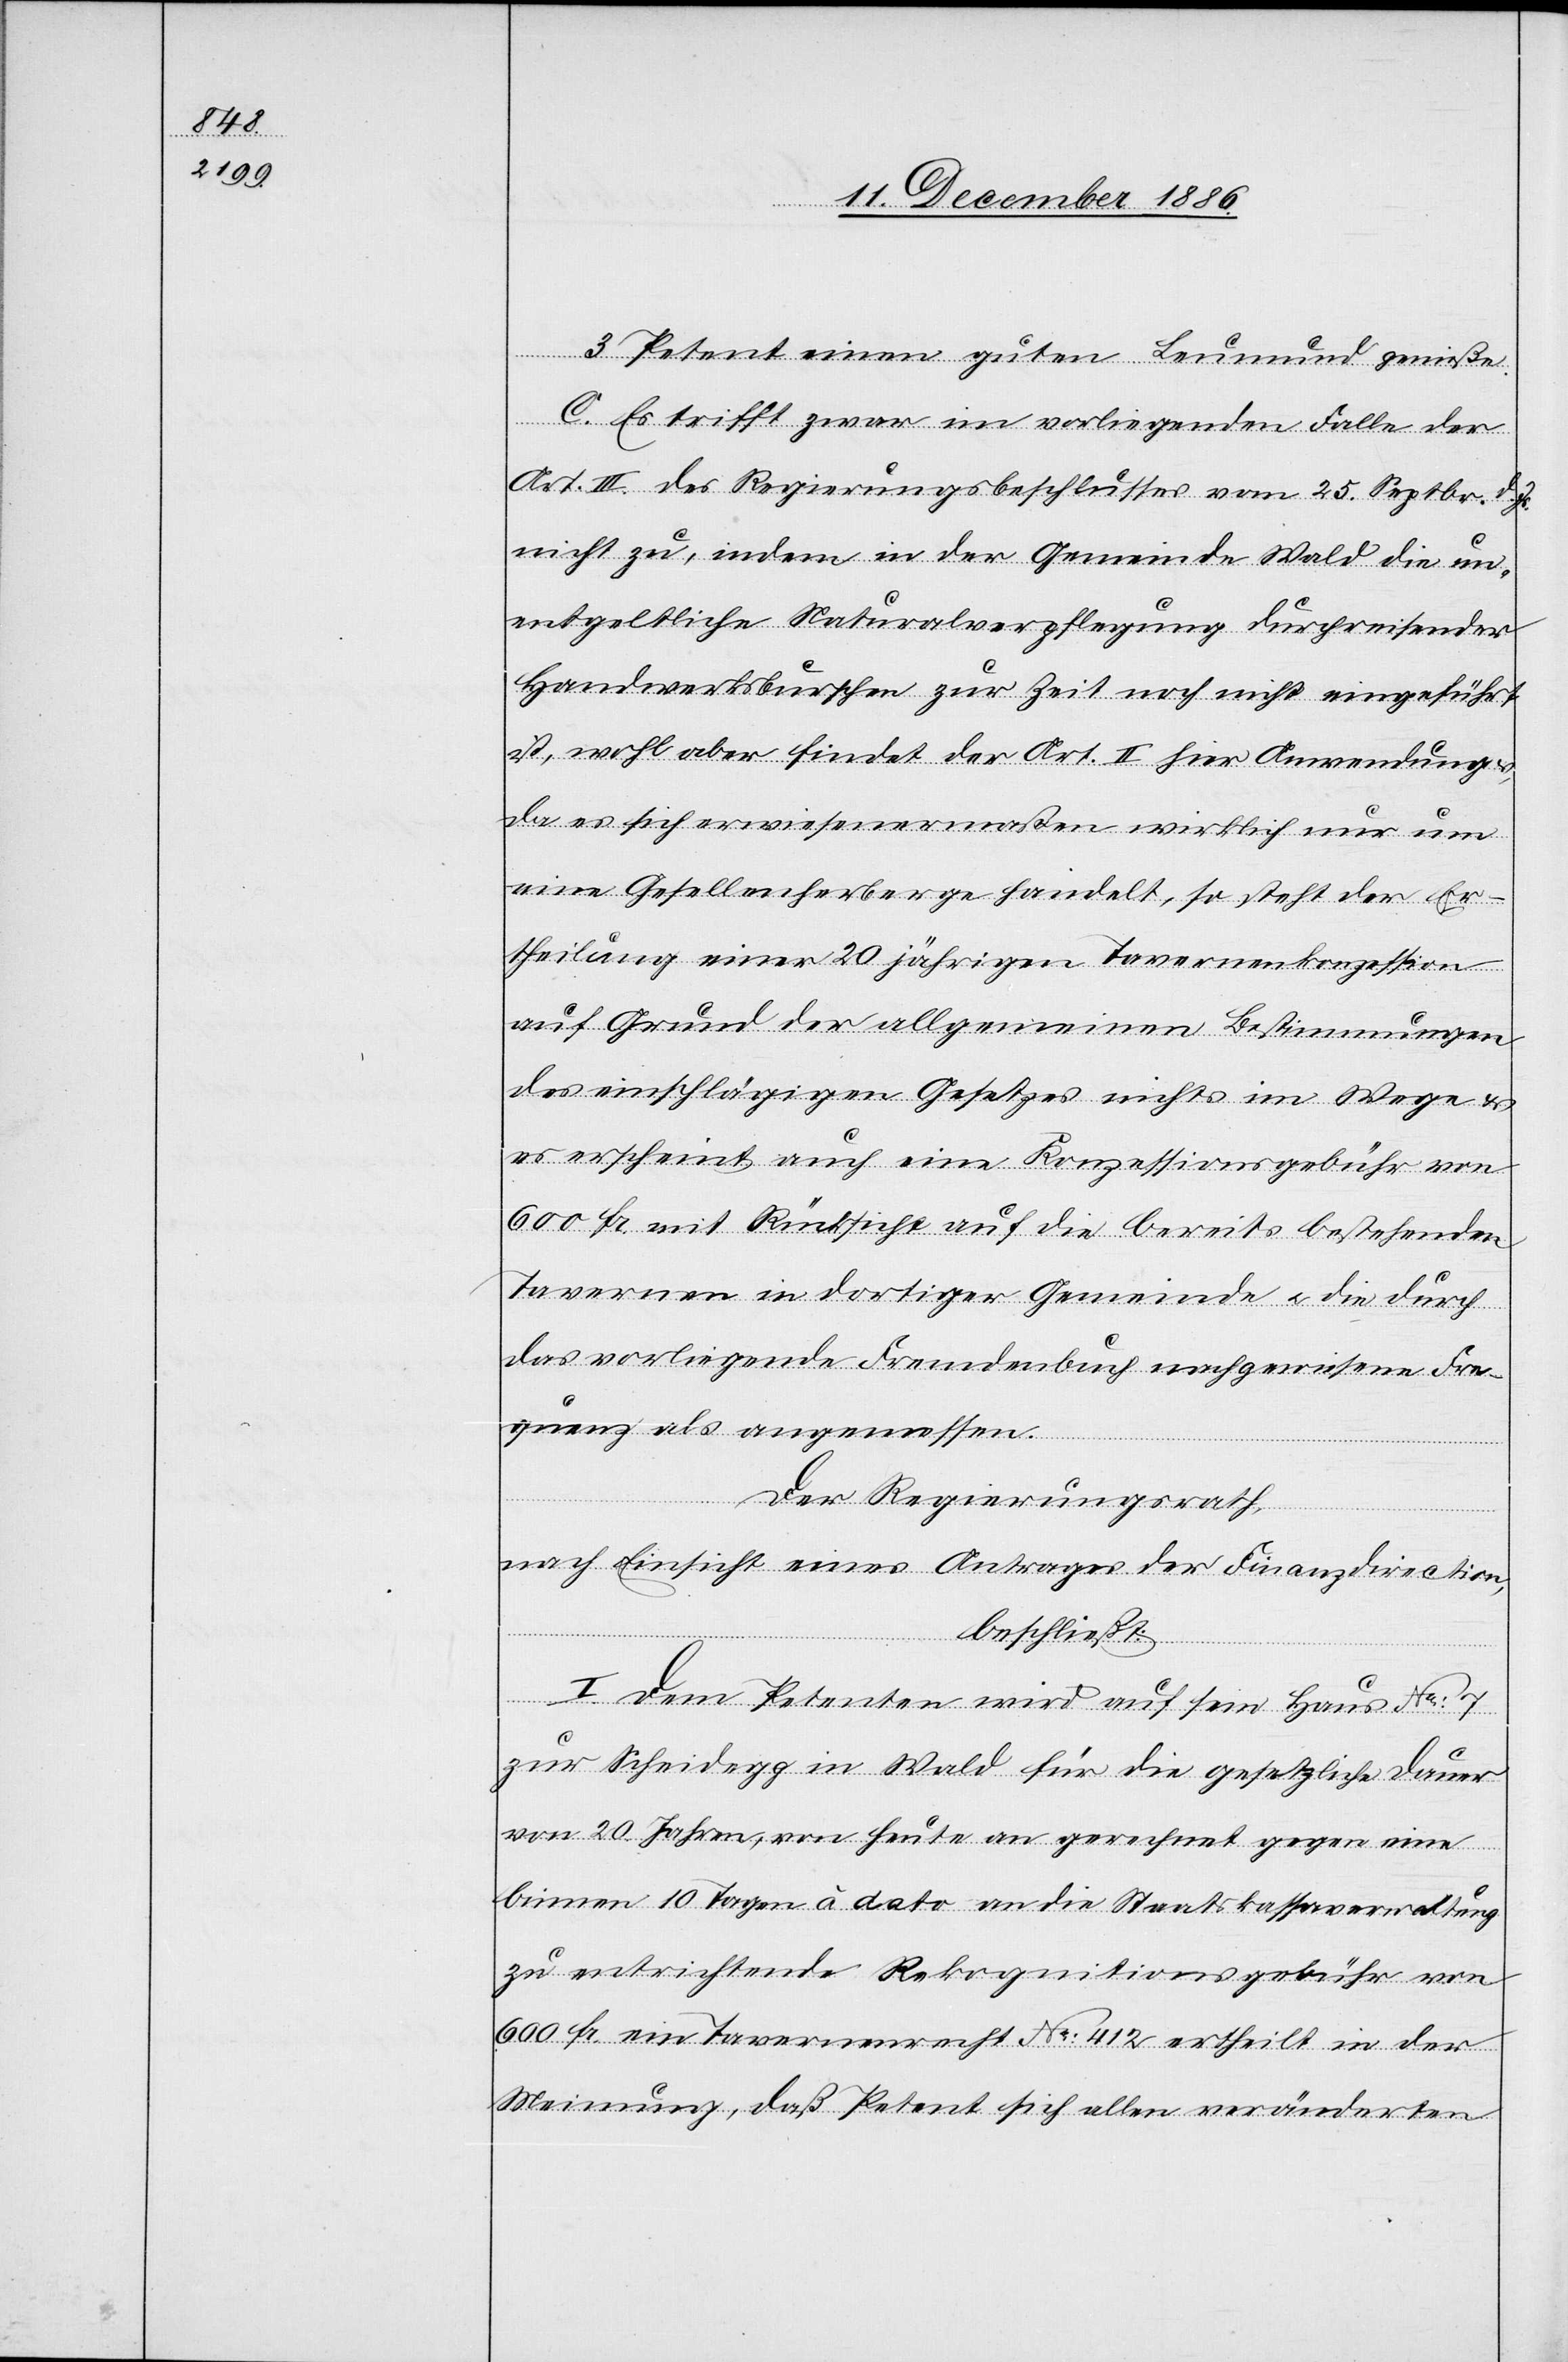
3. Petent einen guten Leumund genieße.
C. Es trifft zwar im vorliegenden Falle der
Art. III. des Regierungsbeschlusses vom 25. Septbr. d. Js.
nicht zu, indem in der Gemeinde Wald die un¬
entgeltliche Naturalverpflegung durchreisender
Handwerksburschen zur Zeit noch nicht eingeführt
ist, wohl aber findet der Art. II hier Anwendung
da es sich erwiesenermaßen wirklich nur um
eine Gesellenherberge handelt, so steht der Er¬
theilung einer 20jährigen Tavernenkonzession
auf Grund der allgemeinen Bestimmungen
des einschlägigen Gesetzes nichts im Wege &
es erscheint auch eine Konzessionsgebühr von
600 Fr. mit Rücksicht auf die bereits bestehenden
Tavernen in dortiger Gemeinde & die durch
das vorliegende Fremdenbuch nachgewiesene Fre¬
quenz als angemessen.
Der Regierungsrath,
nach Einsicht eines Antrages der Finanzdirection,
beschließt:
I. Dem Petenten wird auf sein Haus No: 7
zur Scheidegg in Wald für die gesetzliche Dauer
von 20 Jahren, von heute an gerechnet gegen eine
binnen 10 Tagen à dato an die Staatskassaverwaltung
zu entrichtende Rekognitionsgebühr von
600 Fr. ein Tavernenrecht No: 412 ertheilt in der
Meinung, daß Petent sich allen veränderten